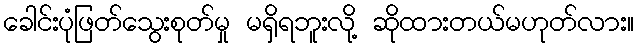
ခေါင်းပုံဖြတ်သွေးစုတ်မှု မရှိရဘူးလို့ ဆိုထားတယ်မဟုတ်လား။